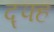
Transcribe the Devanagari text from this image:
द्फ्ह